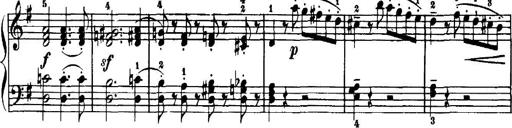
Title: 7 Sonatinas
Composer: Anton Diabelli